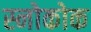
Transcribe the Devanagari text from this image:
स्नोकोक